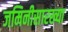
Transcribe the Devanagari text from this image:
जमिनीसारख्या